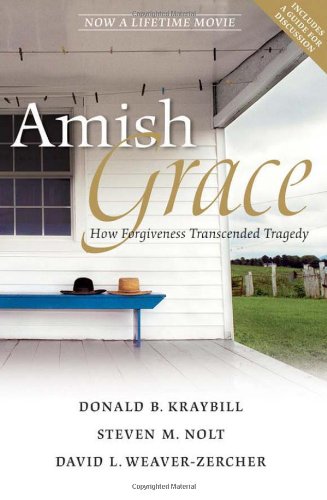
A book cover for Amish Grace: How Forgiveness Transcended Tragedy; Donald B. Kraybill; Christian Books & Bibles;